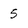
Character: 5